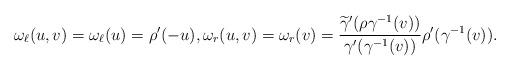
LaTeX: \begin{align*} \omega_\ell(u, v) = \omega_{\ell}(u) = \rho'(-u), \omega_{r}(u, v) = \omega_r(v) = \frac{\widetilde{\gamma}'(\rho\gamma^{-1}(v))}{\gamma'(\gamma^{-1}(v))} \rho'(\gamma^{-1}(v)). \end{align*}